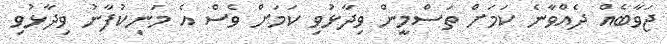
ޖަވާބެއް ދެއްވާނެ ކަމަށް ތަސްމީން ވިދާޅުވި ކަމަށް ވެސް އެ މަނިކުފާނު ވިދާޅުވި